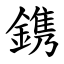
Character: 鎸